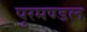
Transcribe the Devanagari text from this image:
पुरमण्डल